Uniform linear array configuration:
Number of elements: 24
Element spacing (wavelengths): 1
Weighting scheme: kaiser
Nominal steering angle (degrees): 45
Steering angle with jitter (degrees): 44.608
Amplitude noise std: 0.05
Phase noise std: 0.05

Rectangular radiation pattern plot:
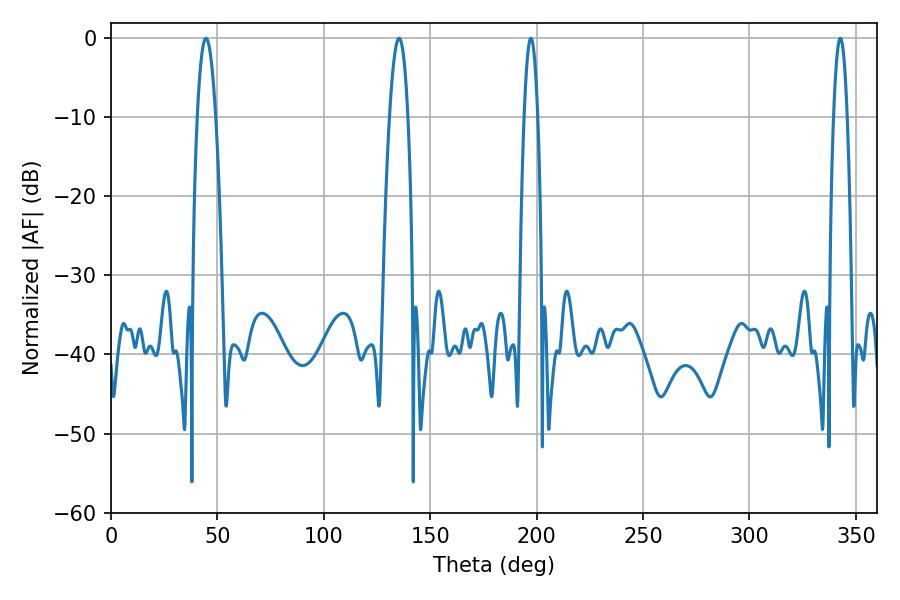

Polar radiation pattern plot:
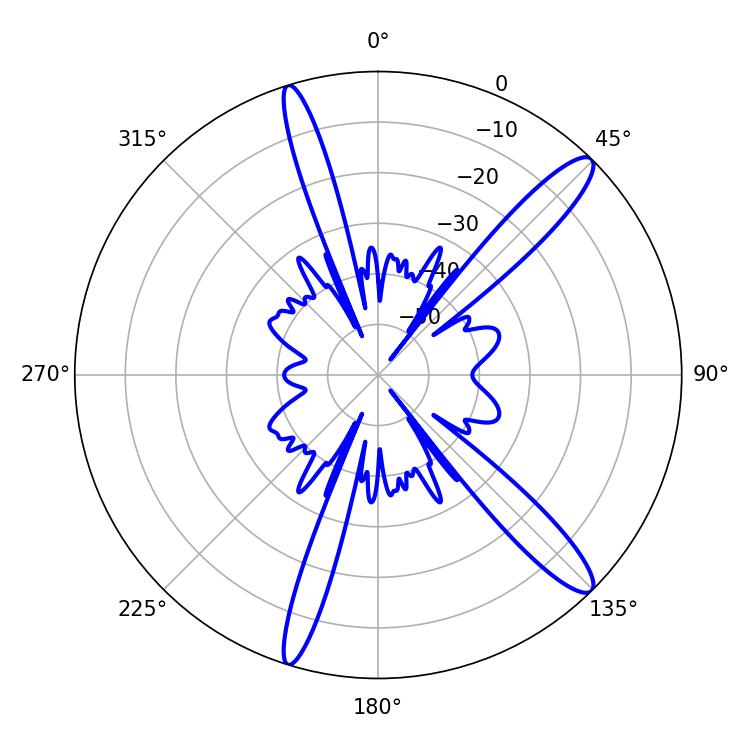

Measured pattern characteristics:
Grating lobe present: TRUE
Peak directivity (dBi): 13.621
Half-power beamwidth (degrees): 4.68
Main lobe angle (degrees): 44.64